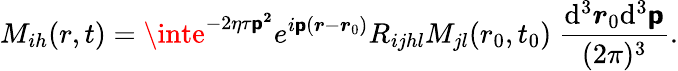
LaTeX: M_{ih}(r,t)=\inte^{-2\eta\tau\boldsymbol{\mathsf{p}^{2}}}e^{i\boldsymbol{\mathsf{p}}(\boldsymbol{r}-\boldsymbol{r}_{0})}R_{ijhl}M_{jl}(r_{0},t_{0})~\frac{{\mathrm{{d}}^{3}\boldsymbol{r}_{0}\mathrm{{d}}^{3}\boldsymbol{\mathsf{p}}}}{{(2\pi)^{3}}}.